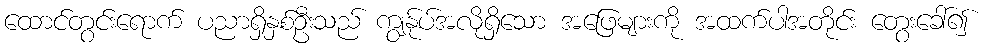
ထောင်တွင်းရောက် ပညာရှိနှစ်ဦးသည် ကျွန်ုပ်အလိုရှိသော အဖြေများကို အထက်ပါအတိုင်း တွေးခေါ်၍